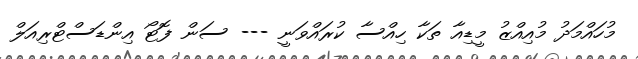
މުހައްމަދު މުއިއްޒު މީޑިއާ ތަކާ ހިއްސާ ކުރައްވަނީ --- ސަން ފޮޓޯ އިންޑަސްޓްރިއަލް